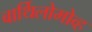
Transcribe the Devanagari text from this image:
बार्थिलोमोव्ह